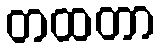
တထတာ